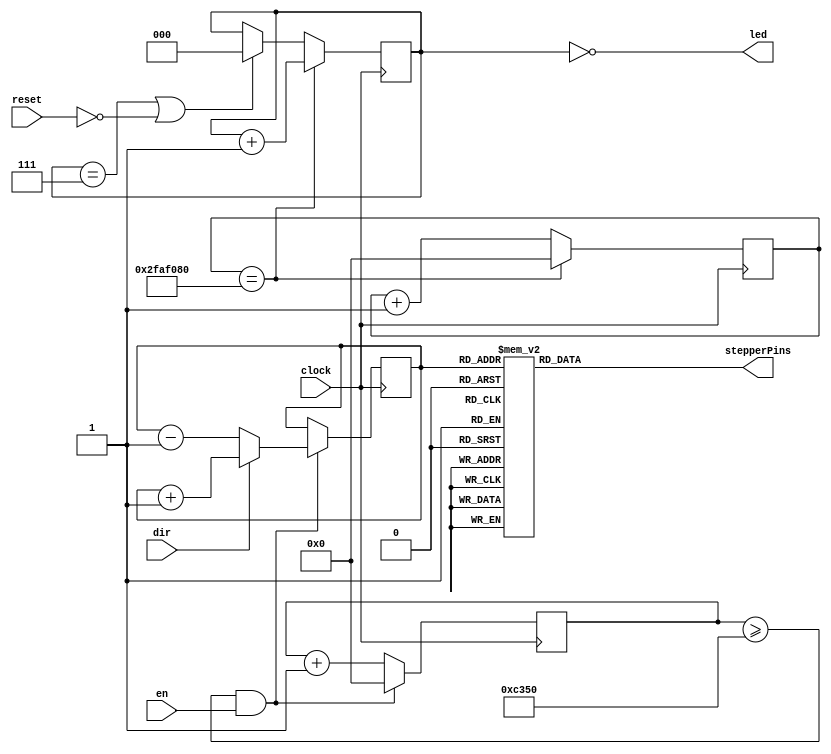
module stepper(clock, en, reset,dir, led, stepperPins);
 
/////////// 3 bit/LED counter ///////////////
localparam SECOND_DIVIDER = 50000000;
 
input clock, reset, dir,en;
output [2:0] led;
reg [2:0] secondsCounter;
reg [31:0] clockCount1;
 
always @ (posedge clock)
begin
    if(secondsCounter == 3'b111 || reset == 0)
        secondsCounter <= 1'b0;
    clockCount1 <= clockCount1 + 1'b1;
	 
    if(clockCount1 == SECOND_DIVIDER)
        begin
            clockCount1 <= 1'b0;
            secondsCounter <= secondsCounter + 1'b1;
        end
end

assign led = ~secondsCounter;
 

/////////// Stepper Motor - half step method (using 28BYJ-48) ///////////////
 
parameter STEPPER_DIVIDER = 50000; // every 1ms
 
output [3:0] stepperPins;
reg [3:0] stepperPins;
 
reg [31:0] clockCount3;
reg [2:0] step; // 8 positions for half steps
 
always @ (posedge clock)
begin
    if((clockCount3 >= STEPPER_DIVIDER) & (en==1))
        begin
			if(dir==1'b1)
				begin
					step <= step + 1'b1;
					clockCount3 <= 1'b0;
				end
			else
				begin
					step <= step - 1'b1;
					clockCount3 <= 1'b0;
				end
			end
    else
        clockCount3 <= clockCount3 + 1'b1;
end
 
always @ (step)
begin
    case(step)
        0: stepperPins <= 4'b1000;
        1: stepperPins <= 4'b1100;
        2: stepperPins <= 4'b0100;
        3: stepperPins <= 4'b0110;
        4: stepperPins <= 4'b0010;
        5: stepperPins <= 4'b0011;
        6: stepperPins <= 4'b0001;
        7: stepperPins <= 4'b1001;
    endcase
end
 
endmodule